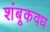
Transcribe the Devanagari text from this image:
शंबूकवध